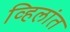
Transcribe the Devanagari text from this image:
व्हिलांत